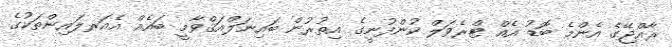
ރާއްޖޭގެ އެންމެ ބޮޑު އެއް ޓްރެވަލް ކުންފުނީގެ އިތުރުން ބައިނަލްއަޤްވާމީ ބައެއް އެއަރލައިންތަކުގެ